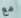
مع